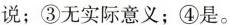
说；③无实际意义；④是。